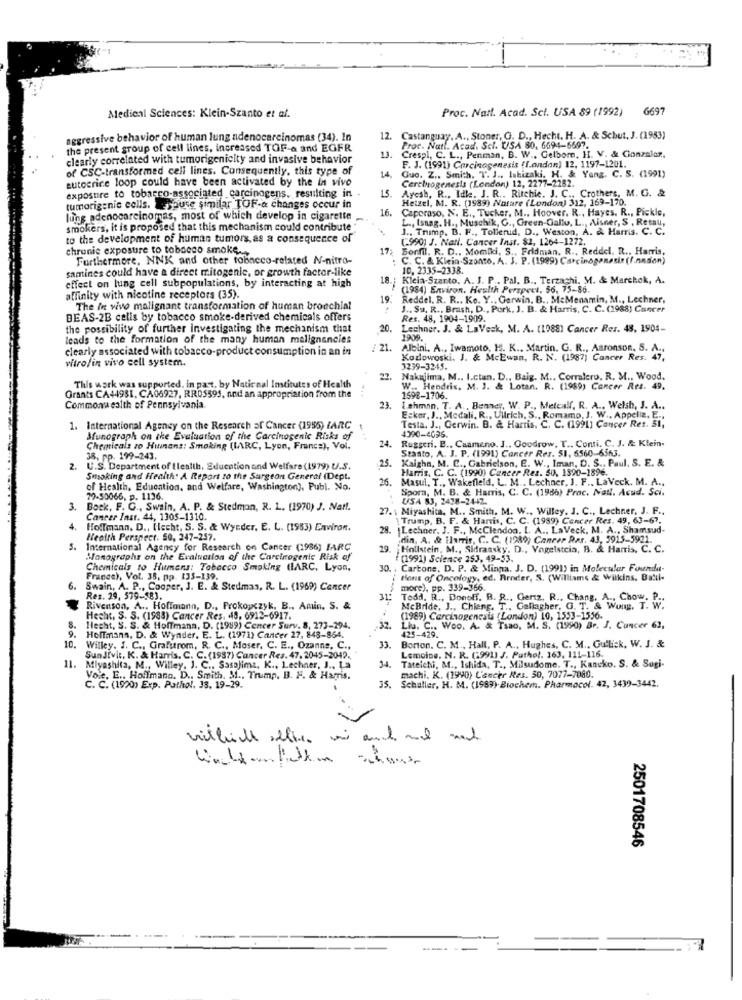
Proc. Natt. Acad. Sci. USA 89 (1992)
6697
Medical Sciences: Klein-Szanto et al.
aggressive behavior of human lung adenocarcinomas (34). In
12.
Castanguay. A ., Stoner, G. D ., Hecht. H. A. & Schut, J. (1953)
the present sroup of cell lines, increased TOF-a and EGFR
Proc. Natt. Acad. Sci. USA 80, 6694-6697.
clearly correlated with tumorigenicity and invasive behavior
13.
Crespi, C. L ., Penman, B. W ., Gelborn, H. V. & Conzalar,
of CSC-transformed cell lines. Consequently, this type of
F. J. (1991) Carcinogenesis (f.ondan) 12, 1197-1201.
autoerice loop could have been activated by the in vivo
Guo. Z ., Smith, T. J ., Ishizaki. H. & Yang. C. S. (1991)
15.
Carcinogenesis (London) 12, 2277-2282.
exposure to tobacco-associated carcinogens, resulting in
Hetzel, M. R. (1989) Nature (London) 312, 169-170.
Ayesh, R ., Idle. J. R .. Ritchie. J. C ., Crothers, M. G. &
tumorigenie cells. Lepuse similar TOF-a changes occur in
16.
Caporaso, N. E ., Tucker, M ., Hoover. R ., Hayes. R ., Pickle,
lung adenocarcinomas, most of which develop in cigarette -
., Isnag. H ., Muschik, G ., Green-Gallo, L ., Alsner, S , Resau,
smokers, it is proposed that this mechanism could contribute
J ., Trump. B. F ., Tollerud, D ., Weston, A. & Harris. C. C.
to the development of human tumors, as a consequence of
(990) J. Nail. Cancer Inst. $2, 1264-1272.
chronic exposure to tobacco smoke.
17
Sorfil. R. D ., Momiki, S ., Fridman. R ., Reddel. R ., Harris,
Furthermore, NNK and other tobacco-related N-nitro-
C. C. & Klein.Szonto. A. J. P. (1999) Carcinogenesis (f.nndan)
samines could have a direct mitogenic, or growth factor-like
10. 2335-2338.
18.
Kleia-Szanto. A. J. P .. Pal. B ., Terzaghi, M. & Marchok, A.
effect on lung cell subpopulations, by interacting at high
(1984) Environ. Health Perspect. 56, 75-86.
affinity with nicotine receptors (35).
19
Reddel. R. R .. Ke. Y ., Gerwin. B ., MeMenamin, M ., Lechner,
The In vivo malignant transformation of human bronchial
J ., Su. R ., Brash, D ., Pork, J. B. & Harris, C. C. (1988) Cancer
BEAS-2B cells by tobacco smoke-derived chemicals offers
Res. 48, 1904-1909.
the possibility of further investigating the mechanism that
20.
Lechner. J. & LaVeck, M. A. (1988) Cancer Res. 45, 1904-
leads to the formation of the many human malignancies
clearly associated with tobacco-product consumption in an in
: 21.
Albini. A ., Iwamoto, H. K ., Martin. G. R ., Aaronson. S. A ..
vitro/in vivo cell system.
Kozlowoski. J. & McEwan, R. N. (1987) Cancer Res. 47,
3239-3245.
27
Nakajima, M .. I.ctan. D ., Baig. M ., Corralero. R. M ., Wood.
This work was supported. in past, by National Institutes of Health
W .. Hendrix, M. J. & Lotan. R. (1989) Cancer Res. 49.
Grants CA44981, CA06927, RR05593, and an appropriation from the
1598-1706.
Commonwealth of Pennsylvania
23.
Lehman. T. A ., Banner, W. P ., Metcalf, R. A ., Welsh, J. A ..
Eskor, J ., Medali, R ., Ullrich, S ., Romamo, J. W ., Appeliz, E ..
Testa, J ., Gerwin. B. & Harris, C. C. (1991) Cancer Res. 51,
1. International Agency on the Research af Cancer (1955) PARC
Munograph on the Evaluation of the Carcinogenic Risks of
Ruggeri. B ., Caameno. J .. Goodrow, T .. Conti. C. J. & Klein.
4390-4096.
Chemicals zo Humans: Smoking (IARC, Lyon, France), Vol.
24.
Staato, A. J. P. (1991) Cancer Res. 51, 6560-6563.
38, pp. 199-243.
Kaighn, M. C ., Gabrielson, E. W ., Iman, D. S ., Paul. S. E. &
2.
U.S. Department of Health, Education and Welfare (1979) U.S.
25.
Harris, C. C. (1990) Cancer Res. 50, 1590-1896.
Smoking and Health. A Report to the Surgeon General (Dept.
26.
Masui. T ., Wakefield, L. M .. Lechner, J. F .. LaVeck. M. A .,
of Health, Education, and Welfare, Washington), Publ. No.
Spora, M. B. & Harris, C. C. (1986) Prac. Natt. Acud. Sci.
79-50066, p. 1136.
USA 83, 2438-2442.
3.
Bock, F. G ., Swain, A. P. & Stedman, R. L. (1970) J. Nar !.
Miyashica, M .. Smith, M. W ., Willey, J. C ., Lechner, J. F .,
Cancer Inst. 44, 1305-1310.
Trump, B. F. & Harris, C. C. (1989) Cancer Res. 49, 63-67.
4.
Hollmann. D ., (lecht, S. S. & Wynder, E. L. (1983) Environ.
28. Lechner, J. F ., McClendoa. L. A ., LaVeck, M. A ., Shamsud-
Health Perspect. 50, 247-257.
din, A. & Harris, C. C. (1939) Cancer Rar. 43, 5915-5921.
5.
International Agency for Research on Cancer (1986) IARC
29.
Hollstein, M ., Sidransky. D ., Vogelstcia, B. & Harris, C. C.
Monographs on the Evaluation of the Carcinogenic Risk of
(1991) Science 253, 49-53.
Chemicals to Humans: Tobacco Smoking (IARC, Lyon,
30.
Cartone, D. P. & Minna. J. D. (1991) in Molecular Foundt-
France), Vol. 38, pp. 135-139.
tions of Oncology, ed. Brnder, S. (Williams & Wilkins. Batti.
6.
Swain, A. P ., Cooper, J. E. & Stedmas, R. L. (1969) Cancer
more), pp. 339-366.
Res. 29, 579-583.
31:
Tedd. R ., Donoff. B. R ., Gertz, R ., Chang, A ., Chow. P .,
Rivenson, A ., Hoffmann, D ., Prokopczyk, B ., Amin. S. &
McBride, J ., Chieng. T ., Gan
T ., Gallagher, G. T. & Wung. T. W.
Hecht, S. S. (1988) Cancer Res. 49, 6912-6917.
(1989) Carcinogenesis (London) 10, 1553-1556.
Hecht, S. S. & Hoffmann, D. (1999) Concer Surv. 8, 273-294.
.32.
Liu. C .. Woo. A. & Tsao, M. S. (1990) Br. J. Cancer 62,
425-429.
9. Hoffmans, D. & Wynder. E. L. (1971) Cancer 27, 848-864.
10.
Willey. I. C ., Grafurom, R. C ., Moser, C. E ., Ozanne, C .,
33.
Borton. C. M ., Hall, P. A ., Hughes, C. M ., Gullick, W. J. &
Lemoine, N. R. (1991) J. Pathol. 163. 111-116.
Sundivit, K. & Harris. C. C. (1987) Cancer Res. 47. 2045-2042.
14.
11.
Miyashita, M ., Willey, J. C ., Sasojims. K ., Lechner, J ., La
Tateichi, M ., Ishida, T ., Milsudome. T ., Kancko. S. & Sugi-
Voie. E .. Hoffmano. D ., Smith. M ., Trump. B. F. & Harris.
machi. K. (1990) Cancer Res. 30, 7077-7080.
C. C. (1920) Exp. Pathol. 33. 19-29.
35. Schaller, H. M. (1989) Biochem. Pharmacol. 42, 3439-3442.
2501708546